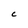
Character: c